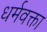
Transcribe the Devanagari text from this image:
धर्मवक्ता